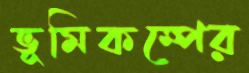
ভূমিকম্পের